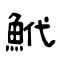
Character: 鮘